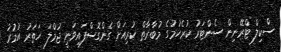
ސްކިލް ޓްރޭނިން ސެންޓަރު ކުރެހުމުގެ މުބާރާތް ކުރިއަށް ގެންގޮސްފައިވަނީ ޖުމްލަ ހަތަރު އުމުރު